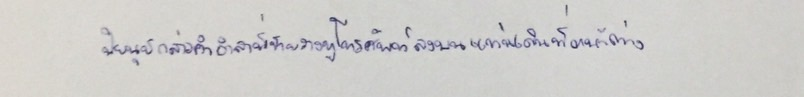
ปิยนุชกล่าวคำอำลาพี่ชายวางหูโทรศัพท์ลงบนแท่นเดินไปที่หน้าต่าง